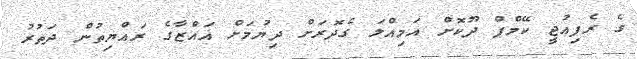
ގެ ރެފިއުޖީ ކޭމްޕް ދޫކޮށް އަމިއްލަ ގެދޮރަށް ދިޔުމަށް ޣައްޒާގެ ރައްޔިތުން ދަތުރު